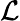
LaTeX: \mathcal{L}